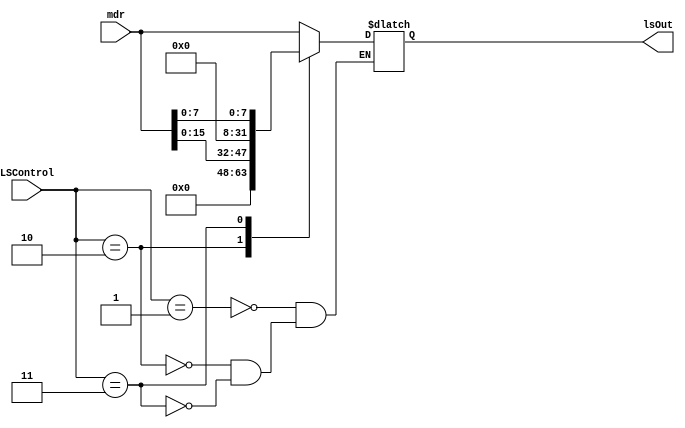
module loadSize(
    input wire [1:0] LSControl,
	input wire [31:0] mdr,
	output reg [31:0] lsOut
);

always @ (*) begin
    case(LSControl)
        2'b01: lsOut = mdr;
        2'b10: lsOut = {16'b0, mdr[15:0]};
        2'b11: lsOut = {24'b0, mdr[7:0]};
    endcase
end

endmodule